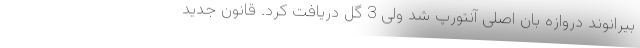
بیرانوند دروازه بان اصلی آنتورپ شد ولی 3 گل دریافت کرد. قانون جدید